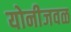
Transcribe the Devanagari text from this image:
योनीजवळ